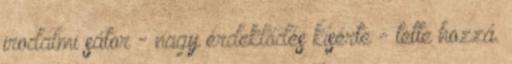
irodalmi sátor - nagy érdeklődés kísérte - tette hozzá.